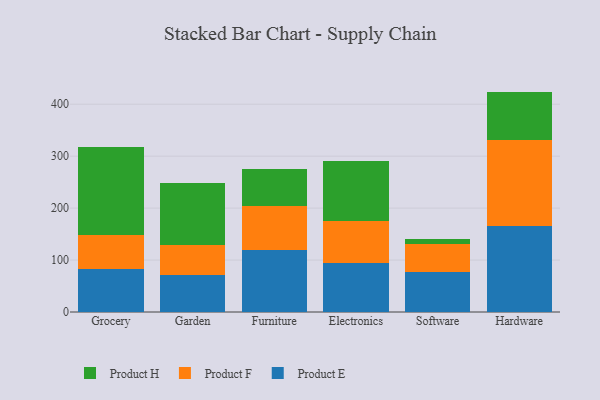
{"axis": {"x": "Category", "y": "Backlog"}, "legend": ["Product E", "Product F", "Product H"], "data": [{"x": "Grocery", "y": 82.3, "type": "Product E"}, {"x": "Grocery", "y": 65.3, "type": "Product F"}, {"x": "Grocery", "y": 170.5, "type": "Product H"}, {"x": "Garden", "y": 71.9, "type": "Product E"}, {"x": "Garden", "y": 57.4, "type": "Product F"}, {"x": "Garden", "y": 118.5, "type": "Product H"}, {"x": "Furniture", "y": 119.1, "type": "Product E"}, {"x": "Furniture", "y": 84.1, "type": "Product F"}, {"x": "Furniture", "y": 72.2, "type": "Product H"}, {"x": "Electronics", "y": 94.3, "type": "Product E"}, {"x": "Electronics", "y": 80.6, "type": "Product F"}, {"x": "Electronics", "y": 115.4, "type": "Product H"}, {"x": "Software", "y": 76.7, "type": "Product E"}, {"x": "Software", "y": 53.9, "type": "Product F"}, {"x": "Software", "y": 9.5, "type": "Product H"}, {"x": "Hardware", "y": 165.5, "type": "Product E"}, {"x": "Hardware", "y": 166.4, "type": "Product F"}, {"x": "Hardware", "y": 92.4, "type": "Product H"}]}